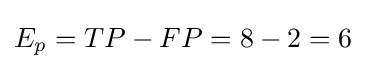
E_{p}=TP-FP=8-2=6